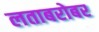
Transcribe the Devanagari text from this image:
लताबरोबर